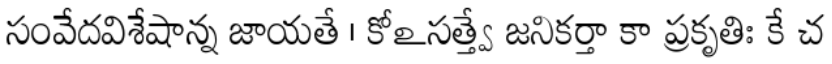
సంవేదవిశేషాన్న జాయతే । కోఽసత్త్వే జనికర్తా కా ప్రకృతిః కే చ